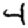
Digit: 4